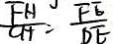
\frac { F H } { C H } = \frac { F E } { D E }